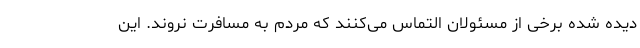
دیده شده برخی از مسئولان التماس می‌کنند که مردم به مسافرت نروند. این